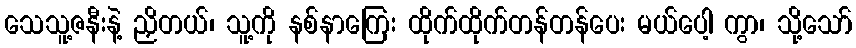
သေသူ့ဇနီးနဲ့ ညှိတယ်၊ သူ့ကို နစ်နာကြေး ထိုက်ထိုက်တန်တန်ပေး မယ်ပေါ့ ကွာ၊ သို့သော်